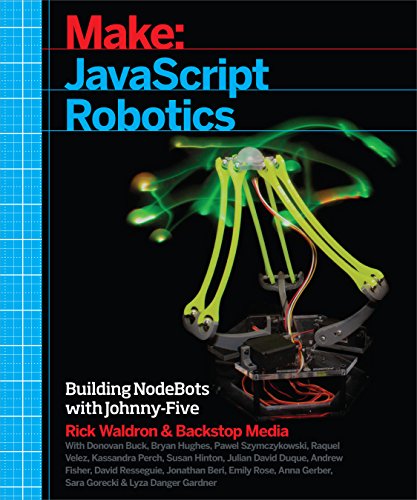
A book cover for Make: JavaScript Robotics: Building NodeBots with Johnny-Five, Raspberry Pi, Arduino, and BeagleBone; Backstop Media; Computers & Technology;